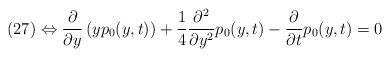
LaTeX: \begin{align*} (27) \Leftrightarrow \frac{\partial}{\partial y}\left(y p_{0}(y,t)\right)+\frac{1}{4}\frac{\partial^{2}}{\partial y^{2}}p_{0}(y,t) - \frac{\partial}{\partial t}p_{0}(y,t) = 0\end{align*}